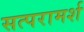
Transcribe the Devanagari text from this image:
सत्परामर्श